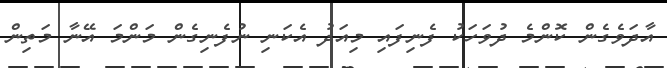
އާދަވެގެން ކޮންމެ ދުވަހަކު ފެނިފައި މިއަދު އެކަނި ނުފެނިގެން މަންމަ އޭނާ މަތިން